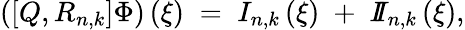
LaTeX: \left(\left[Q,R_{n,k}\right]\Phi\right)\left(\xi\right)\; =\; I_{n,k}\left(\xi\right)\; +\; I\! \! I_{n,k}\left(\xi\right),